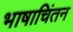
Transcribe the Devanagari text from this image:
भाषाचिंतन